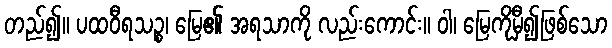
တည်၍။ ပထဝီရသဉ္စ၊ မြေ၏ အရသာကို လည်းကောင်း။ ဝါ၊ မြေကိုမှီ၍ဖြစ်သော